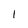
Character: l